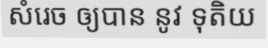
សំរេច ឲ្យបាន នូវ ទុតិយ